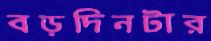
বড়দিনটার